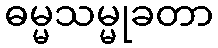
ဓမ္မသမ္မုခတာ